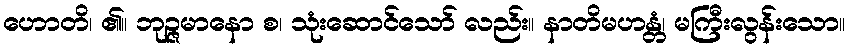
ဟောတိ၊ ၏။ ဘုဉ္ဇမာနော စ၊ သုံးဆောင်သော် လည်း။ နာတိမဟန္တံ၊ မကြီးလွန်းသော။